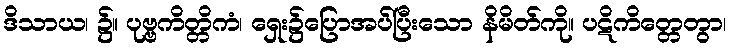
ဒိသာယ၊ ၌။ ပုဗ္ဗကိတ္တိကံ၊ ရှေး၌ပြောအပ်ပြီးသော နိမိတ်ကို။ ပဋိကိတ္တေတွာ၊